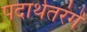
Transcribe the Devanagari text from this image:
पदार्थतरंगें